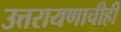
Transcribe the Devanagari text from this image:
उत्तरायणाचीही